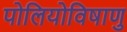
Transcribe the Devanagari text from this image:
पोलियोविषाणु